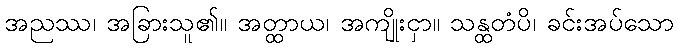
အညဿ၊ အခြားသူ၏။ အတ္ထာယ၊ အကျိုးငှာ။ သန္ထတံပိ၊ ခင်းအပ်သော